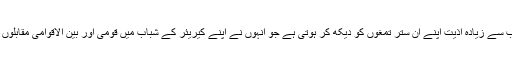
اس لیے انہیں سب سے زیادہ اذیت اپنے ان ستر تمغوں کو دیکھ کر ہوتی ہے جو انہوں نے اپنے کیریئر کے شباب میں قومی اور بین الاقوامی مقابلوں میں جیتے تھے۔